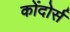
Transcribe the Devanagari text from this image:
कोंदोर्स